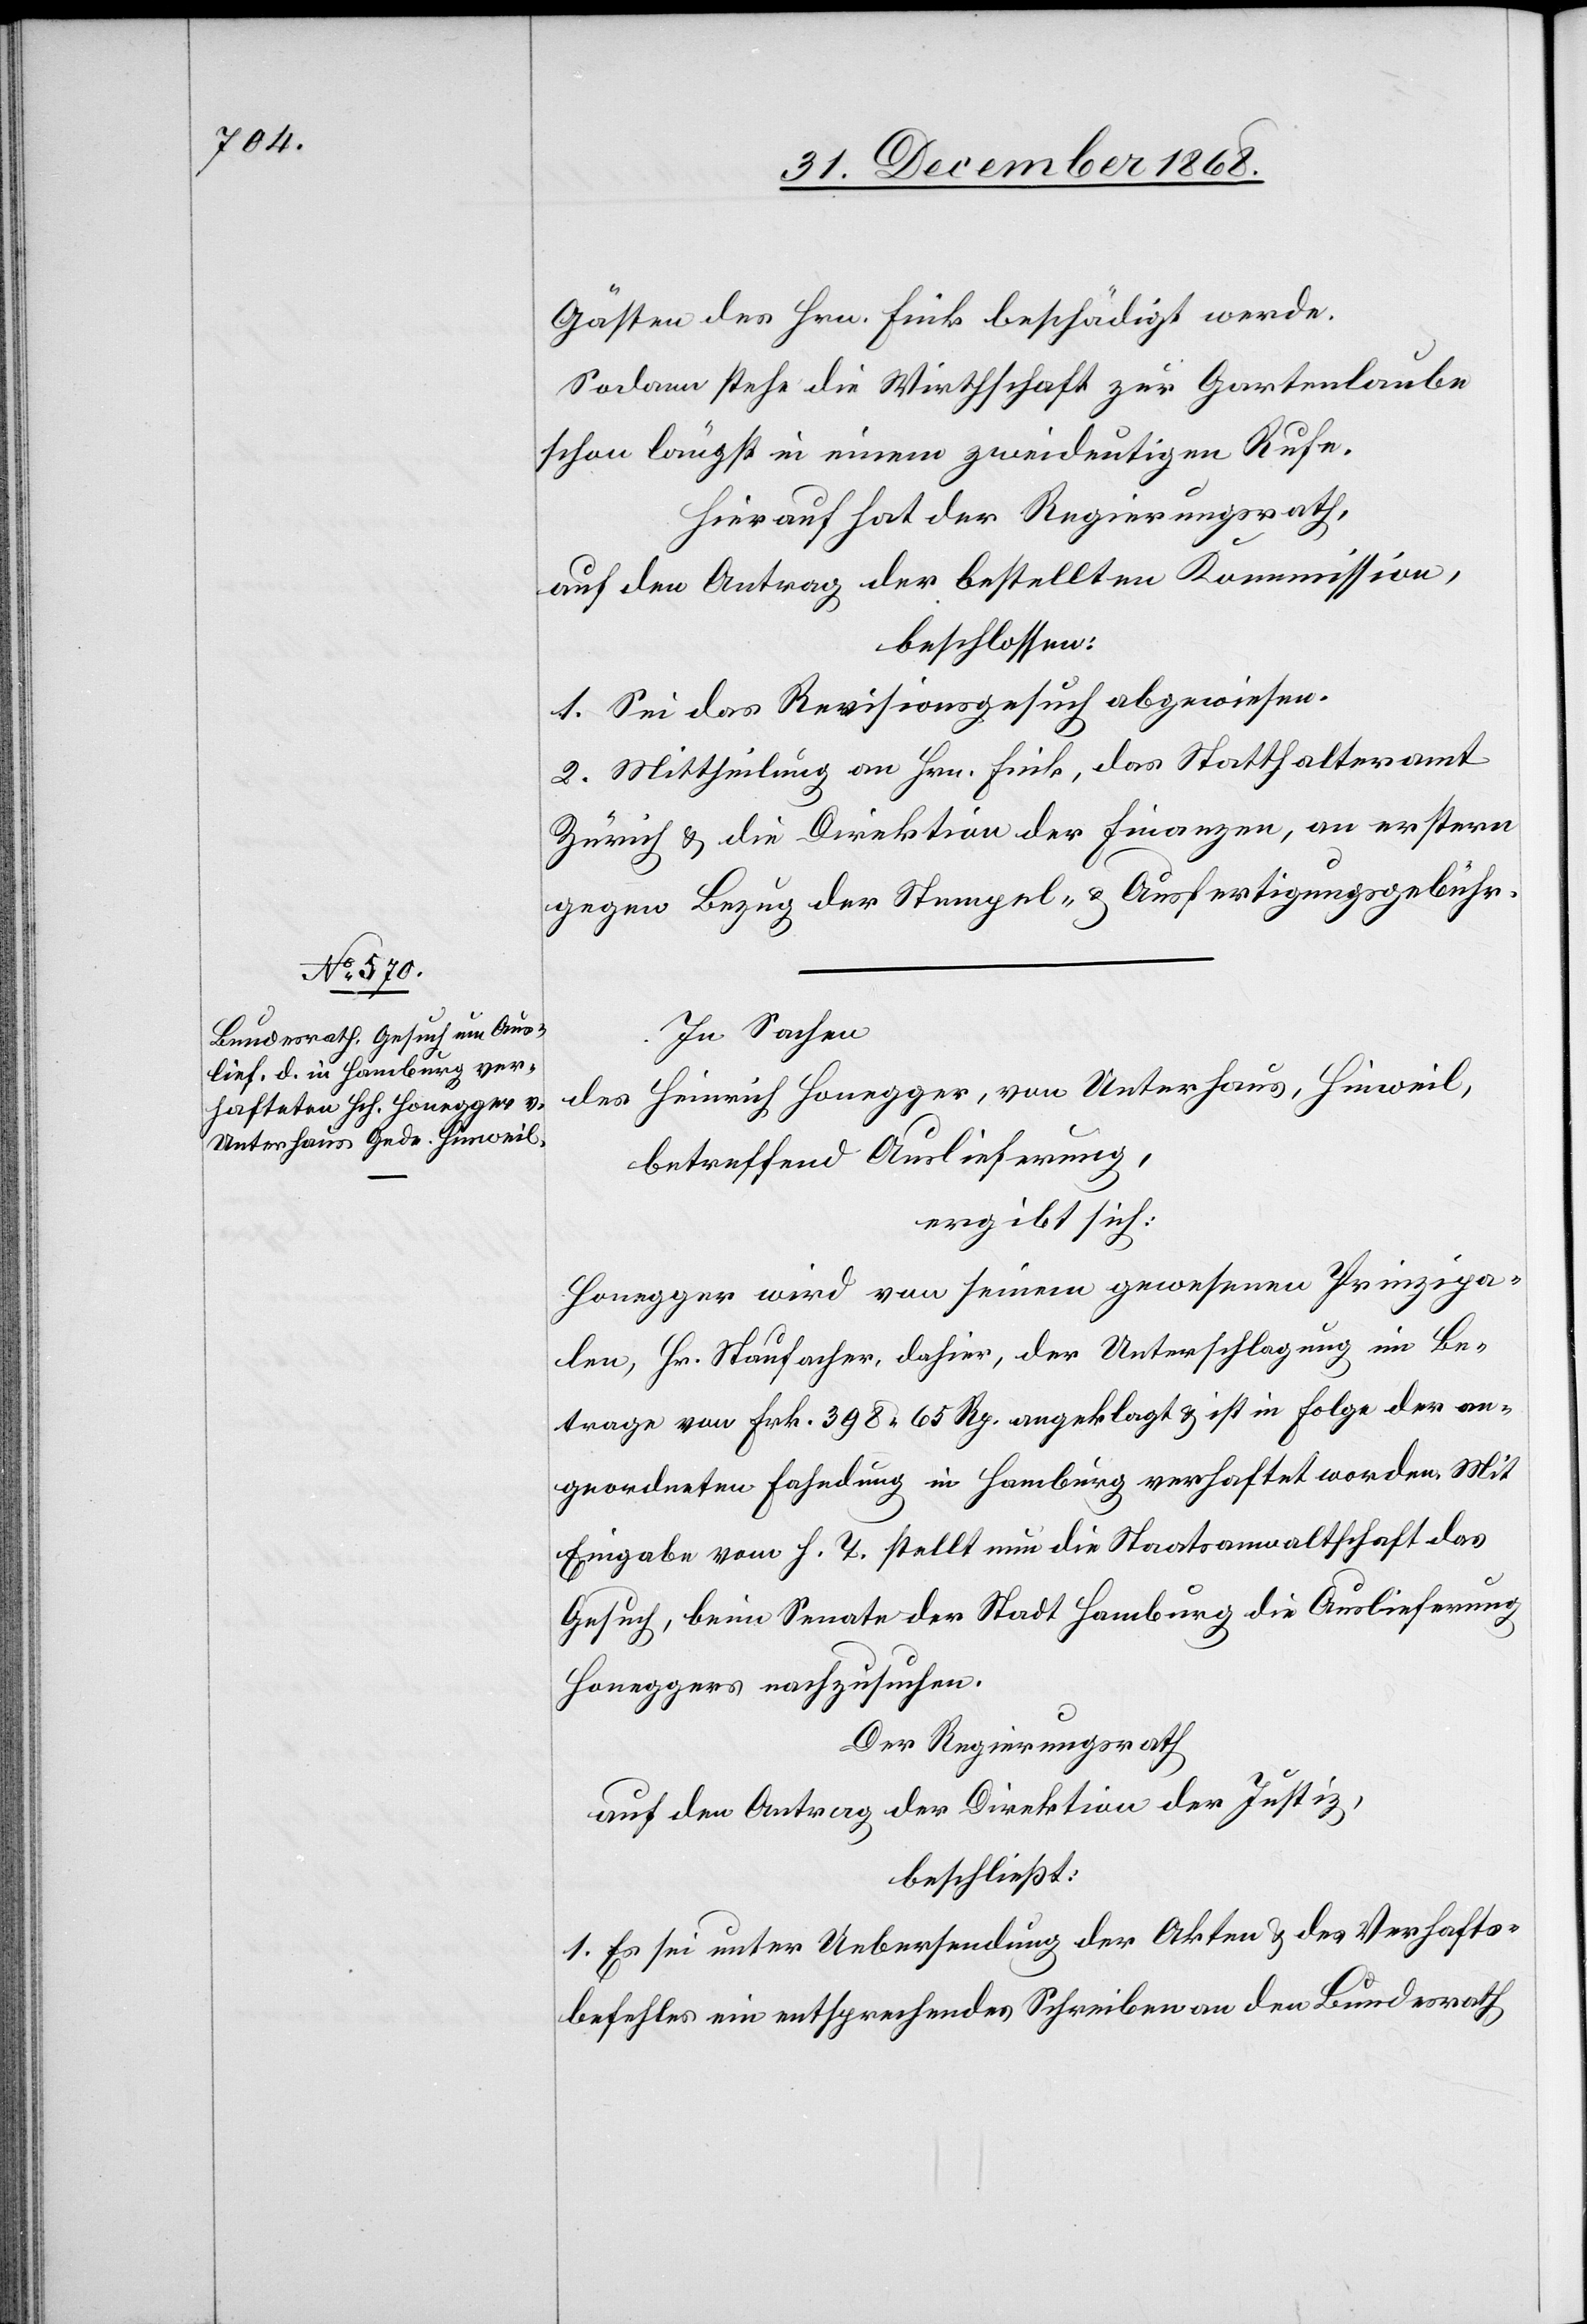
Gästen des Hrn. Fink beschädigt werde.
Sodann stehe die Wirthschaft zur Gartenlaube
schon längst in einem zweideutigen Rufe.
Hierauf hat der Regierungsrath,
auf den Antrag der bestellten Kommission,
beschlossen:
1. Sei das Revisionsgesuch abgewiesen.
2. Mittheilung an Hrn. Fink, das Statthalteramt
Zürich & die Direktion der Finanzen, an erstern
gegen Bezug der Stempel- & Ausfertigungsgebühr.
In Sachen
Heinrich Honegger, von Unterhaus, Hinweil,
des
betreffend Auslieferung,
ergibt sich:
Honegger wird von seinem gewesenen Prinzipa¬
len, Hr. Staufacher, dahier, der Unterschlagung im Be¬
trage von Frk. 398 65 Rp. angeklagt & ist in Folge der an¬
geordneten Fahndung in Hamburg verhaftet worden. Mit
Eingabe vom h. T. stellt nun die Staatsanwaltschaft das
Gesuch, beim Senate der Stadt Hamburg die Auslieferung
Honeggers nachzusuchen.
Der Regierungsrath
auf den Antrag der Direktion der Justiz,
beschließt:
1. Es sei unter Uebersendung der Akten & des Verhafts¬
befehles ein entsprechendes Schreiben an den Bundesrath